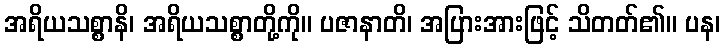
အရိယသစ္စာနိ၊ အရိယသစ္စာတို့ကို။ ပဇာနာတိ၊ အပြားအားဖြင့် သိတတ်၏။ ပန၊